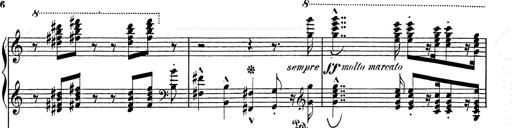
Title: Festvorspiel
Composer: Franz Liszt